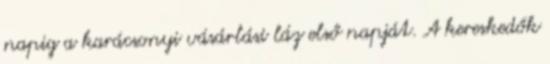
napig a karácsonyi vásárlási láz első napját. A kereskedők